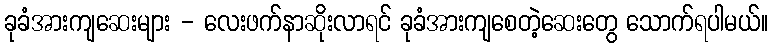
ခုခံအားကျဆေးများ - လေးဖက်နာဆိုးလာရင် ခုခံအားကျစေတဲ့ဆေးတွေ သောက်ရပါမယ်။